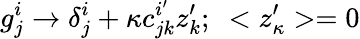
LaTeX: g_{j}^{i}\rightarrow\delta_{j}^{i}+\kappa c_{jk}^{i^{\prime}}z_{k}^{\prime};~<z_{\kappa}^{\prime}>=0